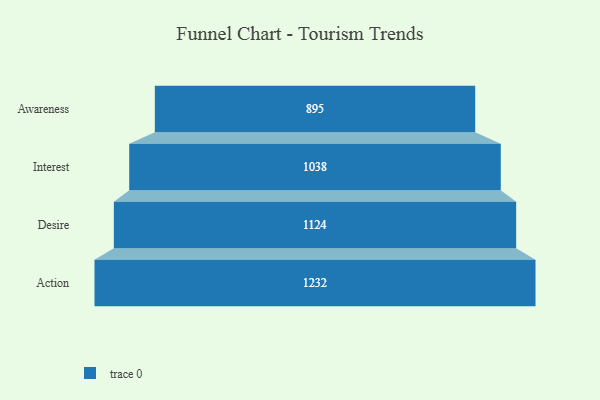
{"axis": {"x": "Stage", "y": "Value"}, "legend": [""], "data": [{"x": "Awareness", "y": 895.0, "type": ""}, {"x": "Interest", "y": 1038.0, "type": ""}, {"x": "Desire", "y": 1124.0, "type": ""}, {"x": "Action", "y": 1232.0, "type": ""}]}